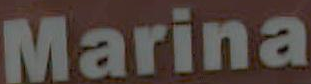
Marina